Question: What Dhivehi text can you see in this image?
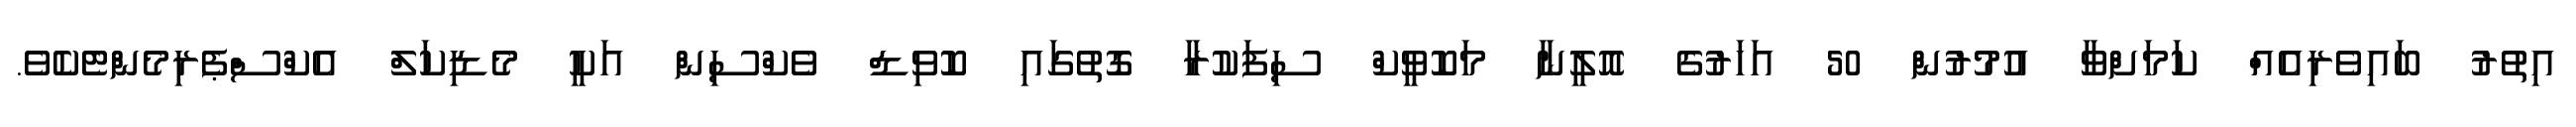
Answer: އިތުރު ބައިވެރިއެއް ކަމަށްވާ އުމުރުން 50 އަހަރުގެ އޮލީނާ މަކޮވީކް ސިފަކުރާ ގޮތުގައި ކޮވިޑް ވެކްސިން އަކީ މެޑިކަލް އެކްސްޕެރިމެންޓެކެވެ.